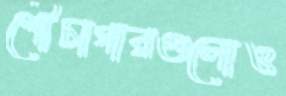
শৌচাগারগুলোও